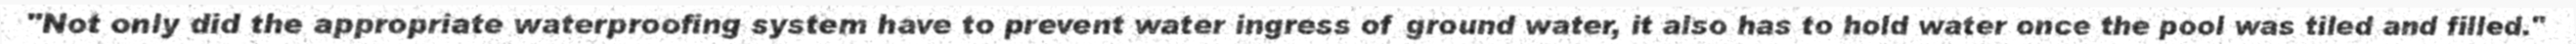
"Not only did the appropriate waterproofing system have to prevent water ingress of ground water, it also has to hold water once the pool was tiled and filled."